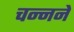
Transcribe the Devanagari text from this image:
चन्नने